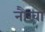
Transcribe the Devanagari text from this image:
नौखा